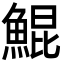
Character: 鯤